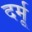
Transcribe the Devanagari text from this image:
दर्मू